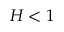
H < 1